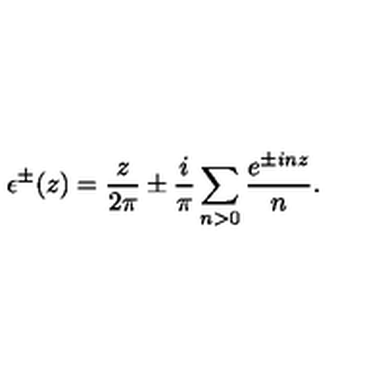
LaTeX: \epsilon ^ { \pm } ( z ) = \frac { z } { 2 \pi } \pm \frac { i } { \pi } \sum _ { n > 0 } \frac { e ^ { \pm i n z } } { n } .